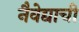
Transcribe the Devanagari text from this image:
नैवेद्याची